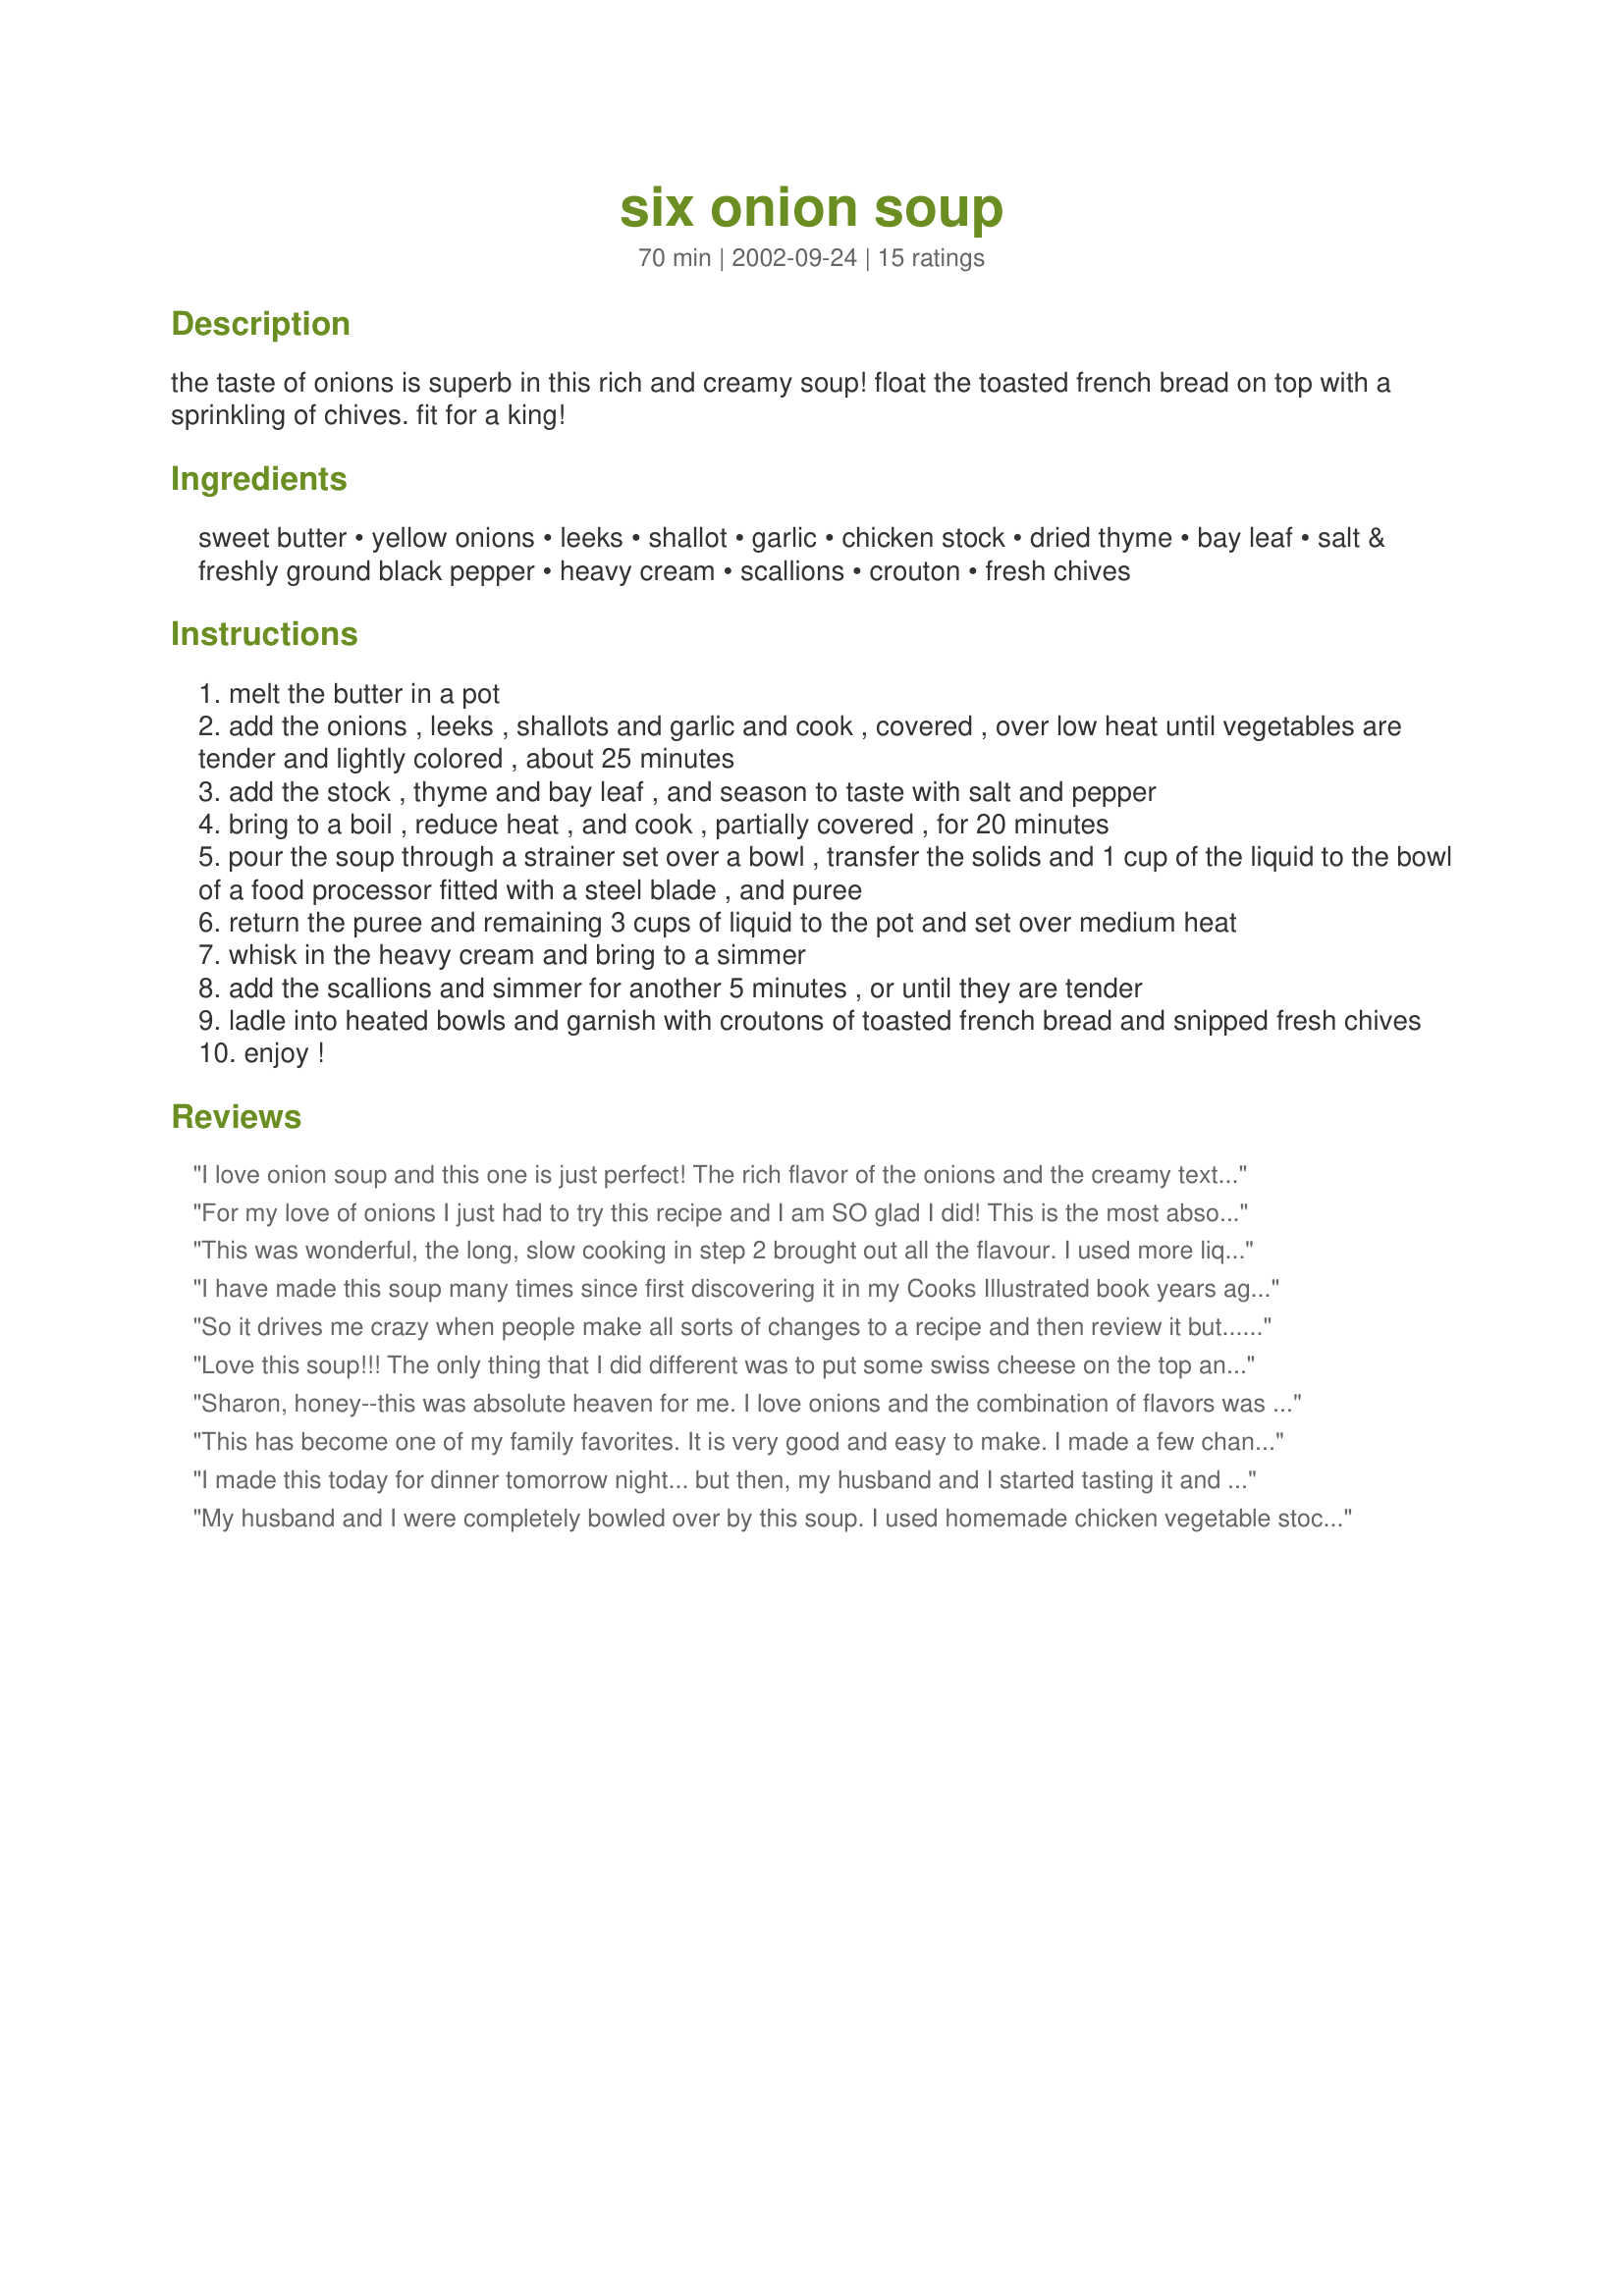
six onion soup
Preparation time: 70 minutes

the taste of onions is superb in this rich and creamy soup! float the toasted french bread on top with a sprinkling of chives. fit for a king!

Ingredients:
sweet butter, yellow onions, leeks, shallot, garlic, chicken stock, dried thyme, bay leaf, salt & freshly ground black pepper, heavy cream, scallions, crouton, fresh chives

Steps:
melt the butter in a pot
add the onions , leeks , shallots and garlic and cook , covered , over low heat until vegetables are tender and lightly colored , about 25 minutes
add the stock , thyme and bay leaf , and season to taste with salt and pepper
bring to a boil , reduce heat , and cook , partially covered , for 20 minutes
pour the soup through a strainer set over a bowl , transfer the solids and 1 cup of the liquid to the bowl of a food processor fitted with a steel blade , and puree
return the puree and remaining 3 cups of liquid to the pot and set over medium heat
whisk in the heavy cream and bring to a simmer
add the scallions and simmer for another 5 minutes , or until they are tender
ladle into heated bowls and garnish with croutons of toasted french bread and snipped fresh chives
enjoy !

Reviews:
I love onion soup and this one is just perfect! The rich flavor of the onions and the creamy texture make this hard to stop eating! I will make it again. Thanks for sharing.
For my love of onions I just had to try this recipe and I am SO glad I did! This is the most absolute delicious full-of-onion soup you will ever have, creamy dreamy and oh so good! I love this soup and look forward to making it many times again, I was tempted to put some dry wine in, well mabey next time! This is a 5 star plus recipe, everyone who loves onions must give this a try! thanks for sharing this great recipe Sharon!...Kitten:)
This was wonderful, the long, slow cooking in step 2 brought out all the flavour. I used more liquid too, and think the recipe would have served closer to 10 or 12. I also used my stick blender but not to thoroughly as I wanted to retain some texture. Thanks for a fantastic recipe.
I have made this soup many times since first discovering it in my Cooks Illustrated book years ago. I prefer not to puree the onions, to make it more like a French onion soup. It's always well received.
So it drives me crazy when people make all sorts of changes to a recipe and then review it but.....I made a change in the recipe and now I&#039;m reviewing it. Go figure. So we are trying to cut down on dairy and decided to try this with coconut milk for the heavy cream. Yes, we made a major change but I wanted to do a review anyways for two reasons. One, if anyone else doesn&#039;t want to use the cream I wanted them to know that the coconut milk does work and secondly that if it tastes so amazing without the cream it must be incredible with the cream. We used the Cuisinart stick right in the pot (seriously get one of these) which made it so much easier and left some of the onions whole for texture. The second batch we added some white wine to cut the sweetness a little but it is delicious without it. It is also very pretty with the scallions still green at the end and I would definitely serve this to guests. Thanks for a great new meal idea!
Love this soup!!! The only thing that I did different was to put some swiss cheese on the top and broil for a minute to melt it, and I didn't puree all of the onions. I will make this often.
Sharon, honey--this was absolute heaven for me. I love onions and the combination of flavors was intense and so delicious. My husband agreed as well. I served this with hot fresh baked bread and it was an out of body experience. Thanks so much for a truly fabulous meal.
This has become one of my family favorites. It is very good and easy to make. I made a few changes - I put 1 cup of white wine and used low sodium chicken broth. I also used half and half instead of heavy cream. Jarlsberg cheese makes a nice garnish.
I made this today for dinner tomorrow night... but then, my husband and I started tasting it and I'm not sure there's enough remaining for tomorrow! Truly delicious and so easy. I followed the recipe exactly as given. Thanks for one that I will definitely be doing again and again.
My husband and I were completely bowled over by this soup. I used homemade chicken vegetable stock. The onion flavor was wonderful and the soup had a delicious rich flavor. I toasted french bread slices and floated them on top. I froze what was leftover so we can have this again. Thank-you.
VERY VERY GOOD! Didn't have all the different onions and only used about 1\3 cup of cream! If your looking for a low sodium and low cal (milk instead of cream) this is for your!
You would never know !
Will make this often, no left overs with this soup!
Definately worth the tears! This was sooo good! Wouldn't change a thing.
Wonderful soup and perfect for the cooler weather that's setting in. Rich, rich, rich oniony taste and creamy texture. I used my immersion blender as recommended by chia but did not puree completely to leave the texture 'interesting'. A keeper.
sharon, we all enjoyed this. i wound up using 6 c of chicken stock because 4 c didn't cover the onion mixture. i sliced everything and used the immersion blender to puree it at the end. the leeks and onion combo were very sweet due to the long cooking over the low flame
I'm sorry but didn't like the soup... although my wife said that it was okay which led me to give it 2 stars. I guess it is a personal taste but I will make it again later a pass judgement. I didn't want to give it an official rating until I gave it two trys.
